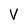
Character: V